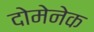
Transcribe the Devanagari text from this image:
दोमेनेक